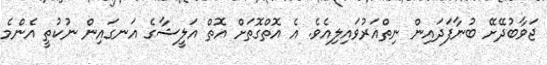
ޖަވާބުދޭށޭ ބުނާފަދައިން ނިތްއަރުވައިލިއެވެ. އެ އޮތްގޮތަށް އޮތް އަލީޝާގެ އަނގައިން ނުކުތީ އެންމެ